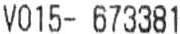
V015- 673381